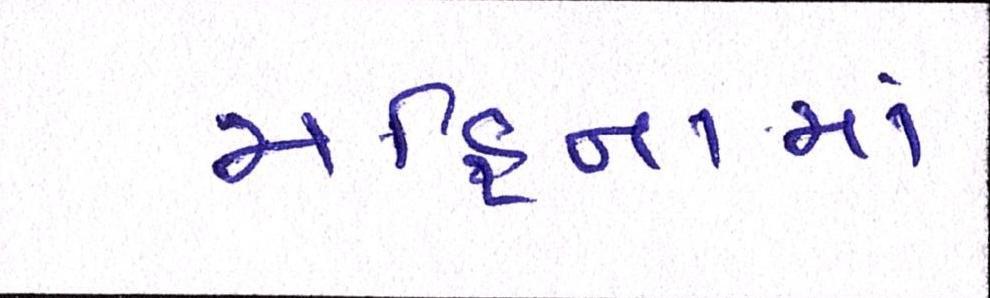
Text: મહિનામાં